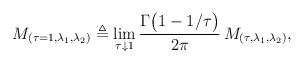
LaTeX: \begin{align*}M_{(\tau=1,\lambda_1,\lambda_2)}\triangleq \lim\limits_{\tau\downarrow 1} \frac{\Gamma\bigl(1-1/\tau\bigr)}{2\pi}\,M_{(\tau,\lambda_1,\lambda_2)},\end{align*}